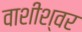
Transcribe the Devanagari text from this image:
वाशीश्वर